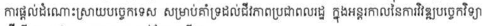
ការផ្តល់ដំណោះស្រាយបច្ចេកទេស សម្រាប់គាំទ្រដល់ជីវភាពប្រជាពលរដ្ឋ ក្នុងអន្តរកាលនៃការវិវឌ្ឍបច្ចេកវិទ្យា